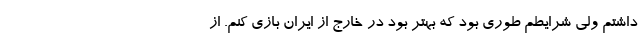
داشتم ولی شرایطم طوری بود که بهتر بود در خارج از ایران بازی کنم. از